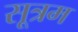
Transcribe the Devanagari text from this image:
सूत्रम